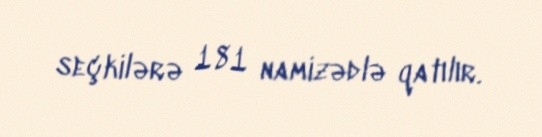
seçkilərə 181 namizədlə qatılır.